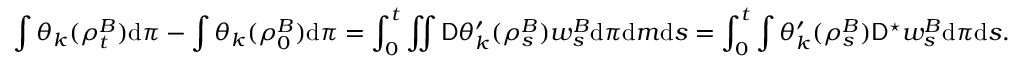
\int \theta _ { k } ( \rho _ { t } ^ { B } ) \mathrm { d } \pi - \int \theta _ { k } ( \rho _ { 0 } ^ { B } ) \mathrm { d } \pi = \int _ { 0 } ^ { t } \iint \mathsf { D } \theta _ { k } ^ { \prime } ( \rho _ { s } ^ { B } ) w _ { s } ^ { B } \mathrm { d } \pi \mathrm { d } m \mathrm { d } s = \int _ { 0 } ^ { t } \int \theta _ { k } ^ { \prime } ( \rho _ { s } ^ { B } ) \mathsf { D } ^ { \star } w _ { s } ^ { B } \mathrm { d } \pi \mathrm { d } s .